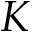
K